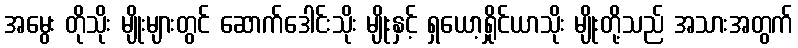
အမွေး တိုသိုး မျိုးများတွင် ဆောက်ဒေါင်းသိုး မျိုးနှင့် ရှယော့ရှိုင်ယာသိုး မျိုးတို့သည် အသားအတွက်